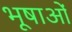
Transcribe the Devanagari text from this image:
भूषाओं